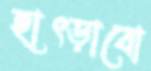
হাৎড়াবো